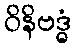
ဝိနိဗဒ္ဓံ